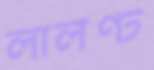
লার্লণ্ট